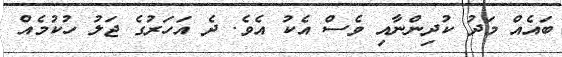
ބައެއް މަދު ކުދިންނާއި ވެސް އެކު އެވެ. ދެ އަހަރުގެ ޖަލު ހުކުމެއް